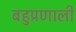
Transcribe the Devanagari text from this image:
बहुप्रणाली